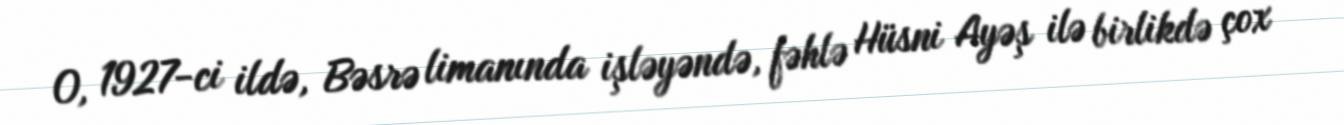
O, 1927-ci ildə, Bəsrə limanında işləyəndə, fəhlə Hüsni Ayəş ilə birlikdə çox